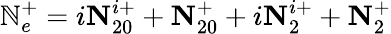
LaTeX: \mathbb{N}_{e}^{+}=i\textbf{N}_{20}^{i+}+\textbf{N}_{20}^{+}+i\textbf{N}_{2}^{i+}+\textbf{N}_{2}^{+}